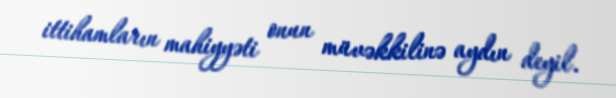
ittihamların mahiyyəti onun müvəkkilinə aydın deyil.